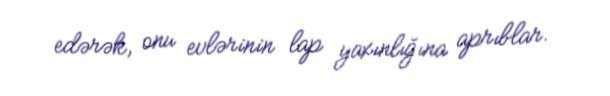
edərək, onu evlərinin lap yaxınlığına aprıblar.